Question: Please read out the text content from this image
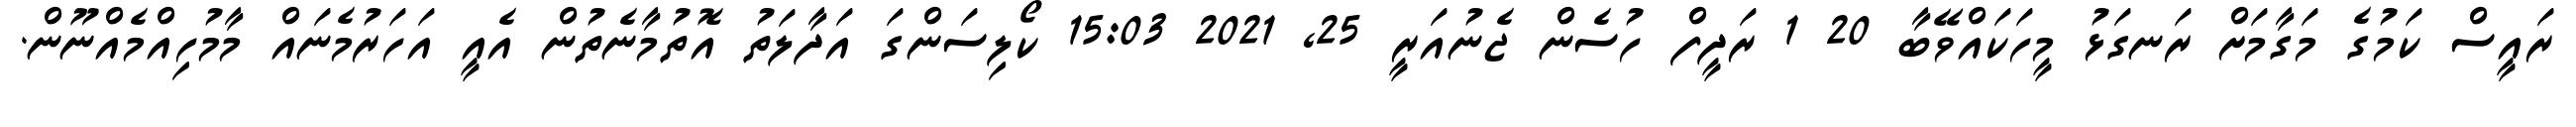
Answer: ރައީސް ކަމުގެ މަގާމަށް ރަނގަޅު މީހަކައްވޭބާ 20 1 ރަދީފް ހުސެން ޖެނުއަރީ 25, 2021 15:03 ކޯލިސަންގަ އަދާލަތު އޮތުމާނެތުން އެއީ އަހަރުމެނައް މާމުހިއްމެއްނޫން.